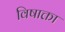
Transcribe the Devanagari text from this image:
विषाक्ता